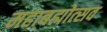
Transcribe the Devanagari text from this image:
महाबह्मोत्‍सव